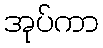
အုပ်ကာ